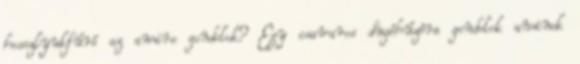
hosszlyukfúró az amire gondolok? Egy csavaros dugóhúzóra gondolok aminek